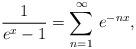
LaTeX: \begin{align*}\frac{1}{e^{x}-1}=\sum _{n=1}^{\infty }\, e^{-nx},\end{align*}